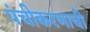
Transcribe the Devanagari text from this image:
पंचीकरणाची